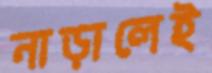
নাড়ালেই